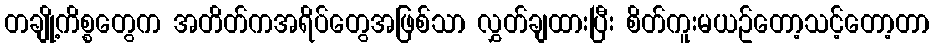
တချို့ကိစ္စတွေက အတိတ်ကအရိပ်တွေအဖြစ်သာ လွှတ်ချထားပြီး စိတ်ကူးမယဥ်တော့သင့်တော့တာ